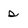
Character: s